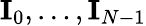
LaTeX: \mathbf{I}_{0},\dots,\mathbf{I}_{N-1}